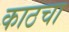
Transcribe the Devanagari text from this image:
काठचा